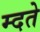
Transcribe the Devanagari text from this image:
म्दते